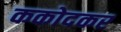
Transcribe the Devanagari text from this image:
ककोदकर